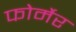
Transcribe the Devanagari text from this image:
फोर्मेर